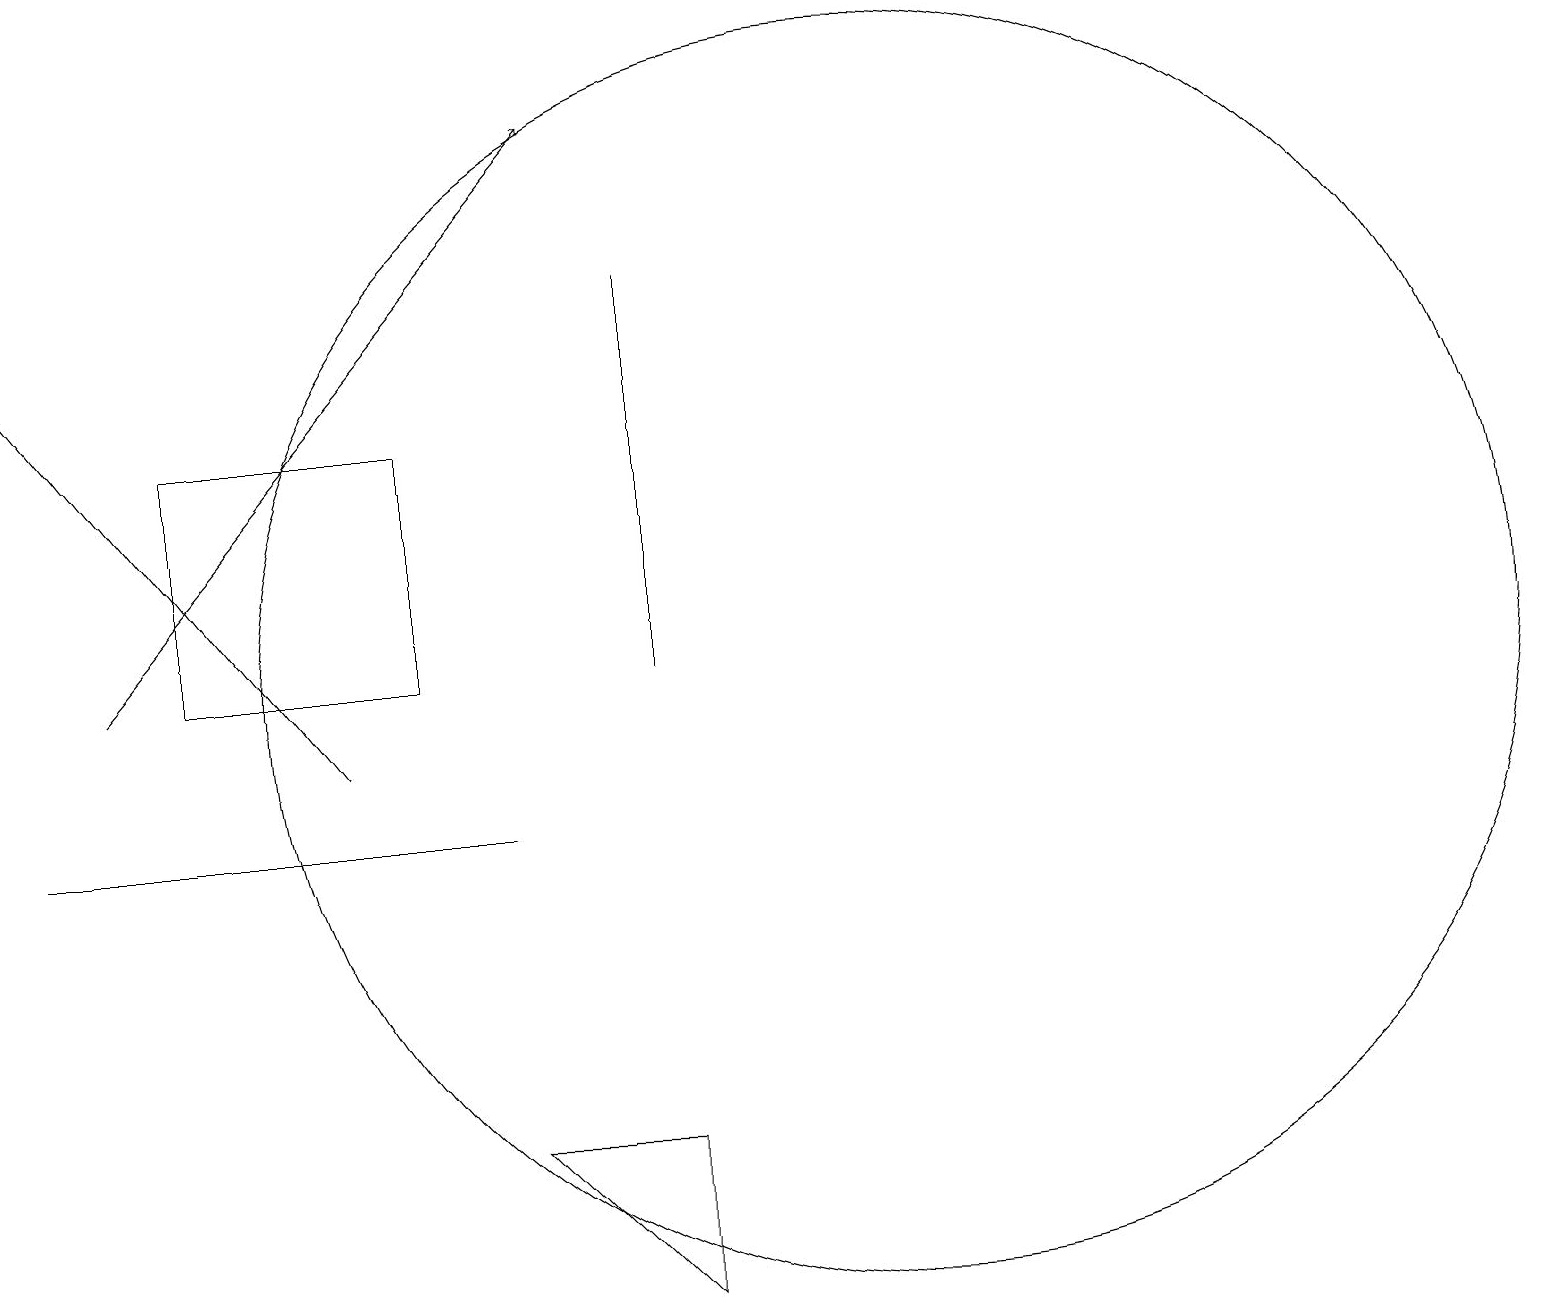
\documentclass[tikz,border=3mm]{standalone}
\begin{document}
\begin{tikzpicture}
\draw[->] (5,10) -- (1,15);
\draw[->] (2,11) -- (8,18);
\draw (6,11) rectangle (3,14);
\draw (12,11) circle (8);
\draw (7,9) -- (1,9) -- (3,9) -- cycle;
\draw (9,16) rectangle (9,11);
\draw (9,3) -- (9,5) -- (7,5) -- cycle;
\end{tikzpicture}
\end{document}